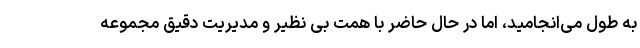
به طول می‌انجامید، اما در حال حاضر با همت بی نظیر و مدیریت دقیق مجموعه